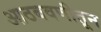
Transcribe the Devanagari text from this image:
आठबवणीतून